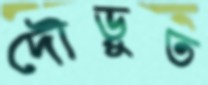
দৌড়ুত